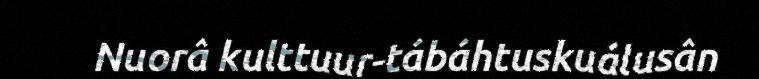
Nuorâ kulttuur-tábáhtuskuálusân